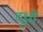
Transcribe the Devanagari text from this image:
दूधों